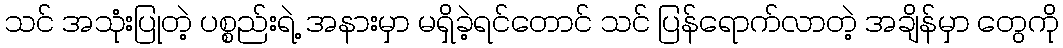
သင် အသုံးပြုတဲ့ ပစ္စည်းရဲ့ အနားမှာ မရှိခဲ့ရင်တောင် သင် ပြန်ရောက်လာတဲ့ အချိန်မှာ တွေကို